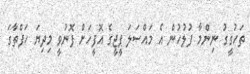
ތަހުގީގު ނިންމާ ފުލުހުން އެ މައްސަލަ ޕީޖީގެ އޮފީހަށް ފޮނުވީ މިދިޔަ ހަފްތާގަ